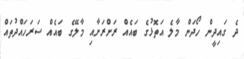
ދެ ގައިދީން ހޯދަން މާލެ އަތޮޅުގެ ބައެއް ރަށްރަށާއި މާލޭގެ ބައެއް ސަރަހައްދުތައް